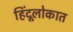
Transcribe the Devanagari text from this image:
हिंदूलोकात